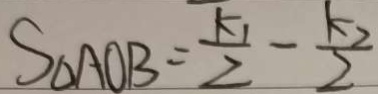
S _ { \Delta } A O B = \frac { k _ { 1 } } { 2 } - \frac { k _ { 2 } } { 2 }